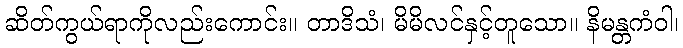
ဆိတ်ကွယ်ရာကိုလည်းကောင်း။ တာဒိသံ၊ မိမိလင်နှင့်တူသော။ နိမန္တကံဝါ၊